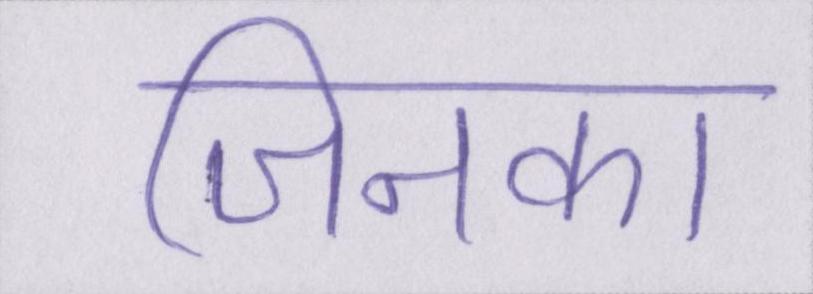
जिनका